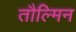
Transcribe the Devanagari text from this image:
तौल्मिन